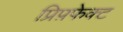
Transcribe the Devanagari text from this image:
प्रिप़फेक्ट